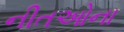
નીતઓના